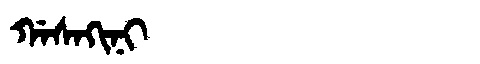
Manchu: ᡤᠠᠰᠠᡴᡳᠨᡳ
Romanization: GASAKINI